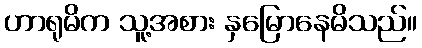
ဟာရုမိက သူ့အစား နှမြောနေမိသည်။